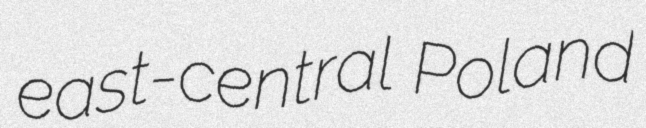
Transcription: east-central Poland